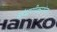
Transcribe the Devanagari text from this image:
बांधणीकारांना